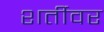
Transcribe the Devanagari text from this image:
शर्तीवर